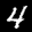
Label: 4